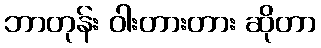
ဘာတုန်း ဝါးတားတား ဆိုတာ